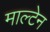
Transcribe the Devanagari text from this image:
माल्टेन